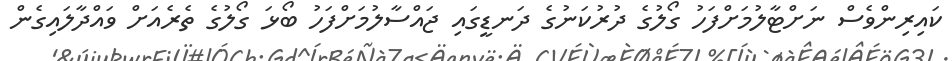
ކައިރިންވެސް ނަށްޓާލުމަށްފަހު ގޯލުގެ ދުރުކަނުގެ ދަނޑީގައި ޖައްސާލުމަށްފަހު ބޯޅަ ގޯލުގެ ތެރެއަށް ވައްދާލައިގެން